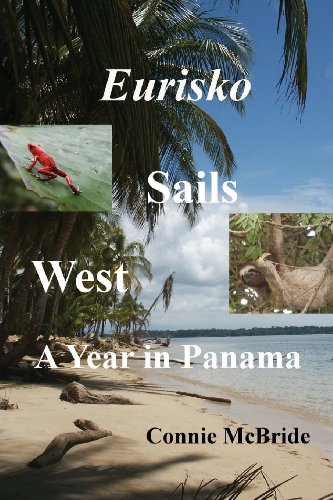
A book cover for Eurisko Sails West: A Year in Panama; Connie McBride; Travel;